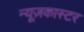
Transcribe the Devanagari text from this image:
न्यूज़कास्टर